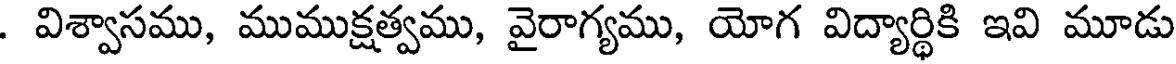
. విశ్వాసము, ముముక్షత్వము, వైరాగ్యము, యోగ విద్యార్థికి ఇవి మూడు